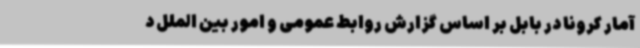
آمار کرونا در بابل بر اساس گزارش روابط‌ عمومی و امور بین ‌الملل د